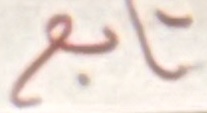
تابع